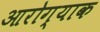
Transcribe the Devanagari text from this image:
आरोग्याक